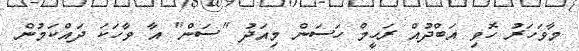
މާވަހަރު ހޮވި އަބްދުއް ރަހީމް ހަސަން މިއަދު "ސަން" އާ ވާހަކަ ދައްކަމުން